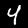
Label: 4